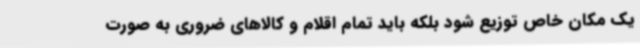
یک مکان خاص توزیع شود بلکه باید تمام اقلام و کالاهای ضروری به صورت